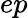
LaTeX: ep